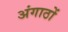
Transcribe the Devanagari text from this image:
अंगाठों